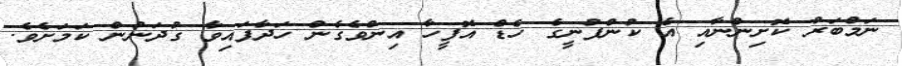
ނަމްބަރު ކޮށިންނާއި އެ ކުންފުނީގެ ހެޑް އޮފީހާ އިންވެގެން ހަދާފައިވާ ގުދަނުން ކަމަށެވެ.